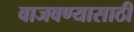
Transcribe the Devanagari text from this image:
वाजवण्यासाठी